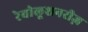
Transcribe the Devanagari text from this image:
रेवोलूशनरीज़